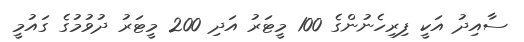
ސާއިދު އަކީ ފިރިހެނުންގެ 100 މީޓަރު އަދި 200 މީޓަރު ދުވުމުގެ ގައުމީ